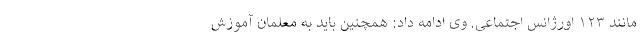
مانند ۱۲۳ اورژانس اجتماعی. وی ادامه داد: همچنین باید به معلمان آموزش